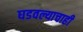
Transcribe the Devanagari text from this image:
घडवल्याचाही